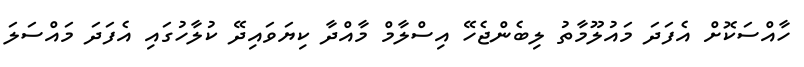
ހާއްސަކޮށް އެފަދަ މައުލޫމާތު ލިބެންޖެހޭ އިސްލާމް މާއްދާ ކިޔަވައިދޭ ކުލާހުގައި އެފަދަ މައްސަލަ